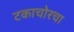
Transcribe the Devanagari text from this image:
टकाचोरचा